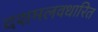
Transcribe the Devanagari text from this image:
दशमलवधारित